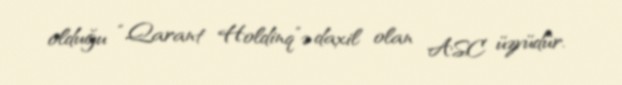
olduğu “Qarant Holdinq”ə daxil olan ASC üzvüdür.